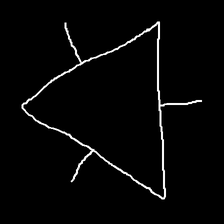
Glyph: fire